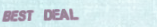
BeSt DeAl